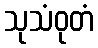
သုသံဝုတံ